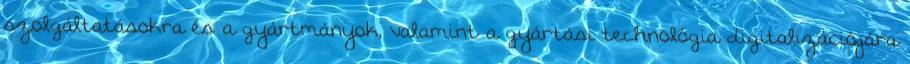
szolgáltatásokra és a gyártmányok, valamint a gyártási technológia digitalizációjára